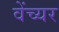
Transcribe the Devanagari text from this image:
वेंच्यर